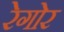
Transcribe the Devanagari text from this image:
रेगोर